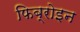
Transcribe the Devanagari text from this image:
फिब्रोइन